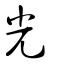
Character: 光